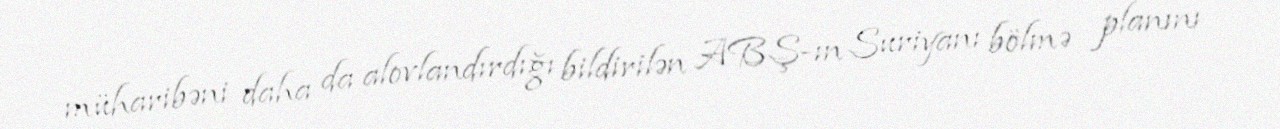
müharibəni daha da alovlandırdığı bildirilən ABŞ-ın Suriyanı bölmə planını